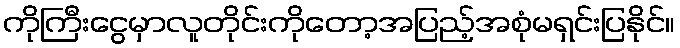
ကိုကြီးငွေမှာလူတိုင်းကိုတော့အပြည့်အစုံမရှင်းပြနိုင်။